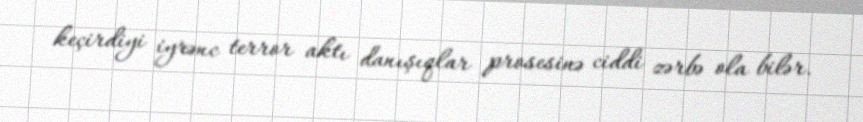
keçirdiyi iyrənc terror aktı danışıqlar prosesinə ciddi zərbə ola bilər.